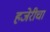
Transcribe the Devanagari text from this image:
हजेरीचा